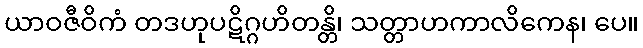
ယာဝဇီဝိကံ တဒဟုပဋိဂ္ဂဟိတန္တိ၊ သတ္တာဟကာလိကေန၊ ပေ။